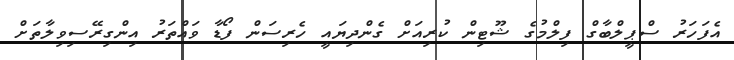
އެފަހަރު ސްޕީލްބާގް ފިލްމުގެ ޝޫޓިން ކުރިއަށް ގެންދިޔައީ ހެރިސަން ފޯޑާ ވައްތަރު އިންގިރޭސިވިލާތަށް